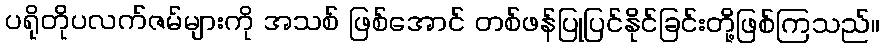
ပရိုတိုပလက်ဇမ်များကို အသစ် ဖြစ်အောင် တစ်ဖန်ပြုပြင်နိုင်ခြင်းတို့ဖြစ်ကြသည်။